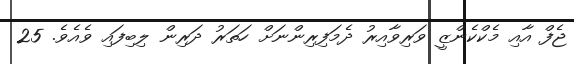
ޖެފް އާއި މެކްކެންޒީ ވަރިވާއިރު ދެމަފިރިންނަށް ހަތަރު ދަރިން ލިބިފައި ވެއެވެ. 25